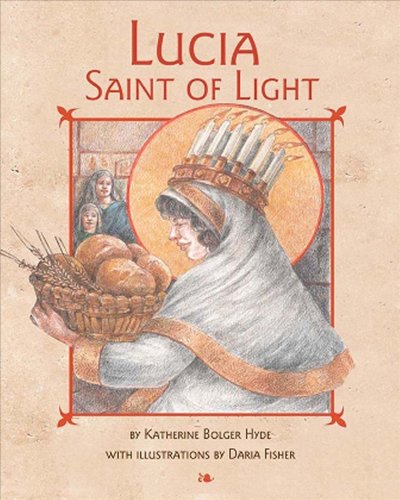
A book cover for Lucia: Saint of Light; Katherine Bolger Hyde; Children's Books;